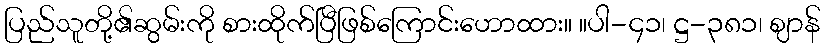
ပြည်သူတို့၏ဆွမ်းကို စားထိုက်ပြီဖြစ်ကြောင်းဟောထား။ ။ပါ-၄၁၊ ဋ္ဌ-၃၈၁၊ ဈာန်